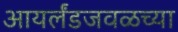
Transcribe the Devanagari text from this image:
आयर्लंडजवळच्या